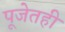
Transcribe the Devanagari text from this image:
पूजेतही